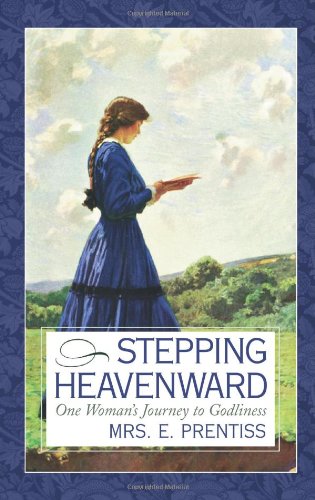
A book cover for Stepping Heavenward: One Woman's Journey to Godliness (Inspirational Library Series); Elizabeth Prentiss; Christian Books & Bibles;